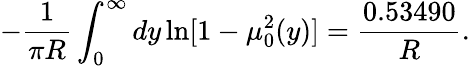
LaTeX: -\frac{1}{\pi R}\int_{0}^{\infty}dy\ln[1-\mu_{0}^{2}(y)]=\frac{0.53490}{R}{.}